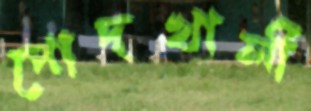
পোদখালী